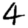
Digit: 4